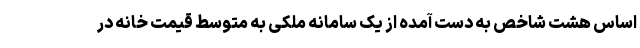
اساس هشت شاخص به دست آمده از یک سامانه ملکی به متوسط قیمت خانه در